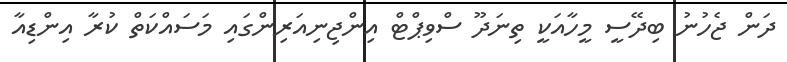
ދަން ޖެހުނު ބިދޭސީ މީހާއަކީ ތިނަދޫ ސްވިޕްޓް އިންޖިނިއަރިންގައި މަސައްކަތް ކުރާ އިންޑިއާ